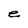
Character: e